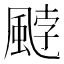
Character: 𩗓